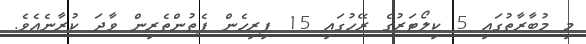
މި މުބާރާތުގައި 5 ކިލޯޓަރުގެ ރޭހުގައި 15 ފިރިހެން ފެތުންތެރިން ވާދަ ކުރާނެއެވެ.